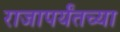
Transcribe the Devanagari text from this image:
राजापर्यंतच्या